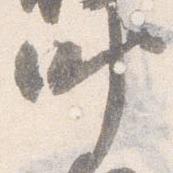
叶